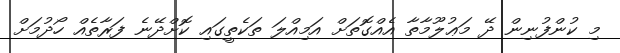
މި ކުންފުނިން ދޭ މަޢުލޫމާތާ އެއްގޮތަށް އަމިއްލަ ތަކެތީގައި ކޮށްދޭނެ ފަރާތެއް ހޯދުމަށް